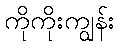
ကိုကိုးကျွန်း